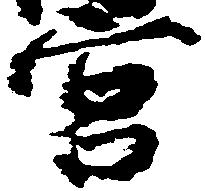
宮